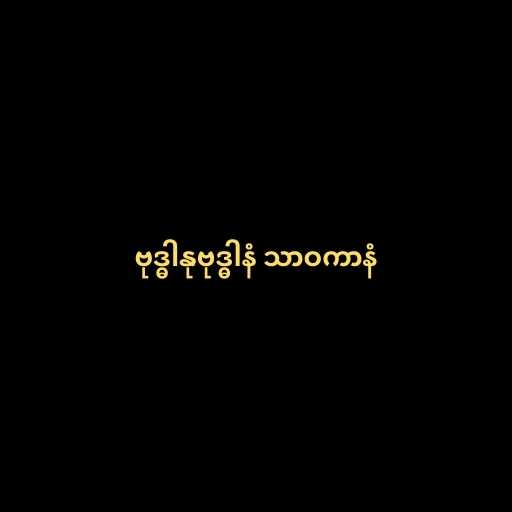
ဗုဒ္ဓါနုဗုဒ္ဓါနံ သာဝကာနံ